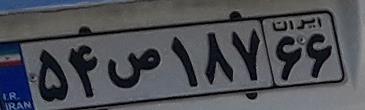
۵۴ص۱۸۷۶۶